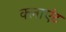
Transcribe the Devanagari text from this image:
क्‍लाएंट